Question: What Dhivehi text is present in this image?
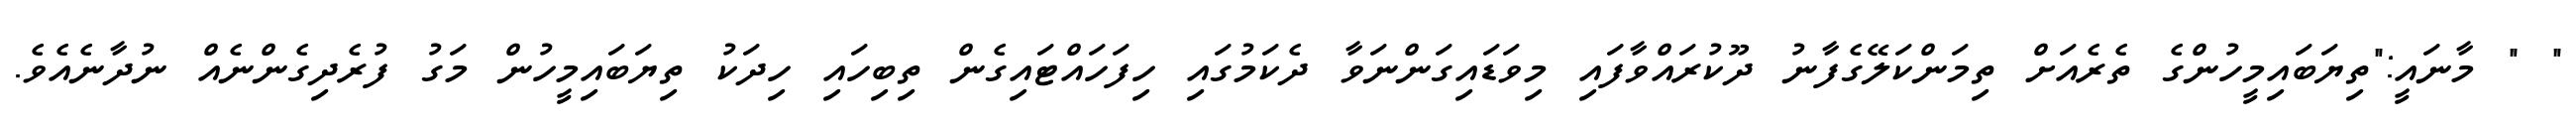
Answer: " " މާނައީ:"ތިޔަބައިމީހުންގެ ތެރެއަށް ތިމަންކަލޭގެފާނު ދޫކުރައްވާފައި މިވަޑައިގަންނަވާ ދެކަމުގައި ހިފަހައްޓައިގެން ތިބިހައި ހިދަކު ތިޔަބައިމީހުން މަގު ފުރެދިގެންނެއް ނުދާނެއެވެ.